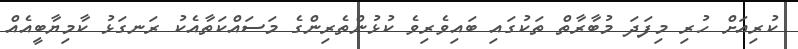
ކުރިއަށް ހުރި މިފަދަ މުބާރާތް ތަކުގައި ބައިވެރިވެ ކުޅުންތެރިންގެ މަަސައްކަތާއެކު ރަނގަޅު ކާމިޔާބީއެއް